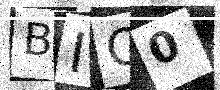
Text: BIQ0